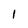
Character: l